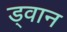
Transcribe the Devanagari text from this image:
ड्वान